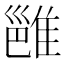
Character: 𬯮